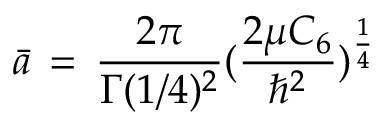
{ \bar { a } \, = \, \frac { 2 \pi } { \Gamma ( 1 / 4 ) ^ { 2 } } ( \frac { 2 \mu C _ { 6 } } { \hbar ^ { 2 } } ) ^ { \frac { 1 } { 4 } } }